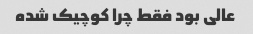
عالی بود فقط چرا کوچیک شده